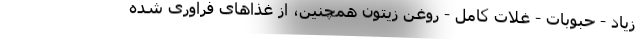
زیاد - حبوبات - غلات کامل - روغن زیتون همچنین، از غذاهای فرآوری شده